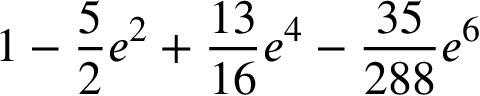
1 - \frac { 5 } { 2 } e ^ { 2 } + \frac { 1 3 } { 1 6 } e ^ { 4 } - \frac { 3 5 } { 2 8 8 } e ^ { 6 }